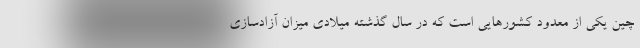
چین یکی از معدود کشورهایی است که در سال گذشته میلادی میزان آزادسازی